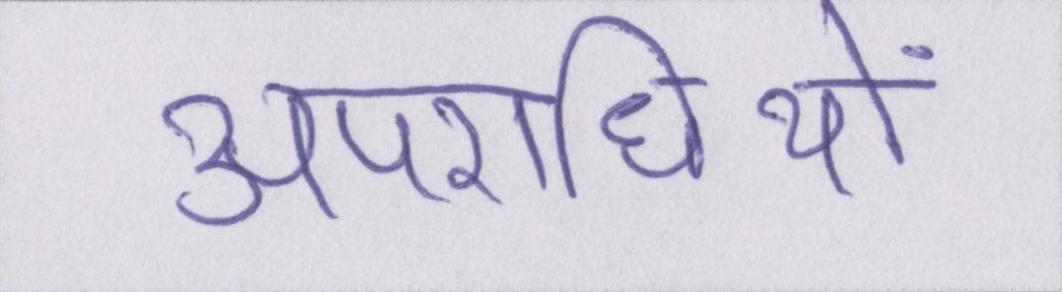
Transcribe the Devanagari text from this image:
अपराधियों